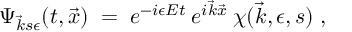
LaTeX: \Psi _ { \vec { k } s \epsilon } ( t , \vec { x } ) \; = \; e ^ { - i \epsilon E t } \: e ^ { i \vec { k } \vec { x } } \: \chi ( \vec { k } , \epsilon , s ) \; ,